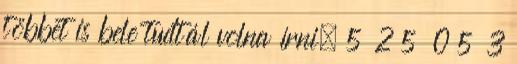
többet is bele tudtál volna írni. 5 2 5 0 5 3